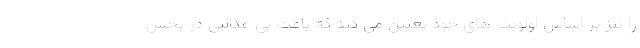
را نیز بر اساس اولویت های خود تعیین می کند که باعث بی عدالتی در بخش